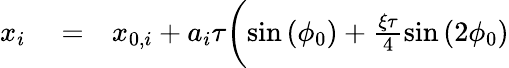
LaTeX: \begin{array}{rlr}{x_{i}}&{{}=}&{x_{0,i}+a_{i}\tau\biggl(\sin{(\phi_{0})}+\frac{\xi\tau}{4}\sin{(2\phi_{0})}}\end{array}